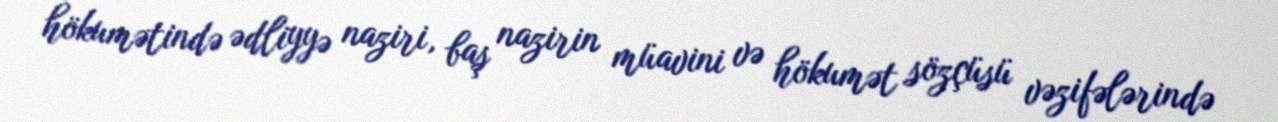
hökumətində ədliyyə naziri, baş nazirin müavini və hökumət sözçüsü vəzifələrində